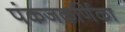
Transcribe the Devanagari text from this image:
पंकजकर्णिका